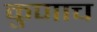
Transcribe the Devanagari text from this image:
कुणाच